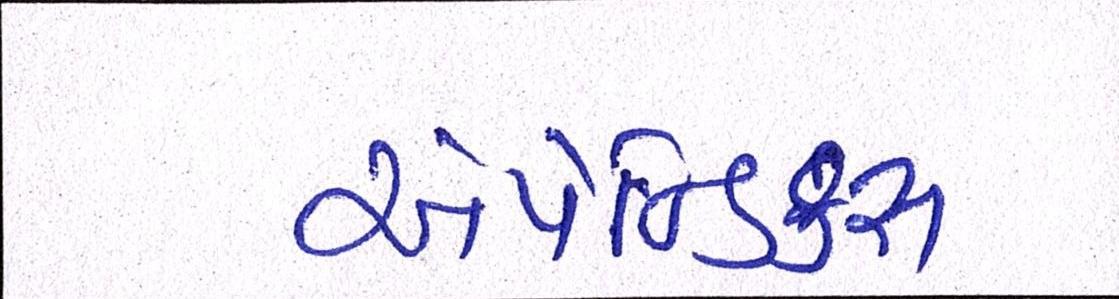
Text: એપેન્ડિક્સ